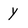
Character: y